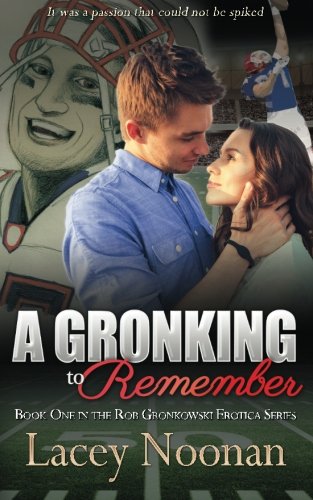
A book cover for A Gronking to Remember (Rob Gronkowski Erotica Series) (Volume 1); Lacey Noonan; Romance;